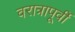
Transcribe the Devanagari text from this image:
वरात्रापूर्वी